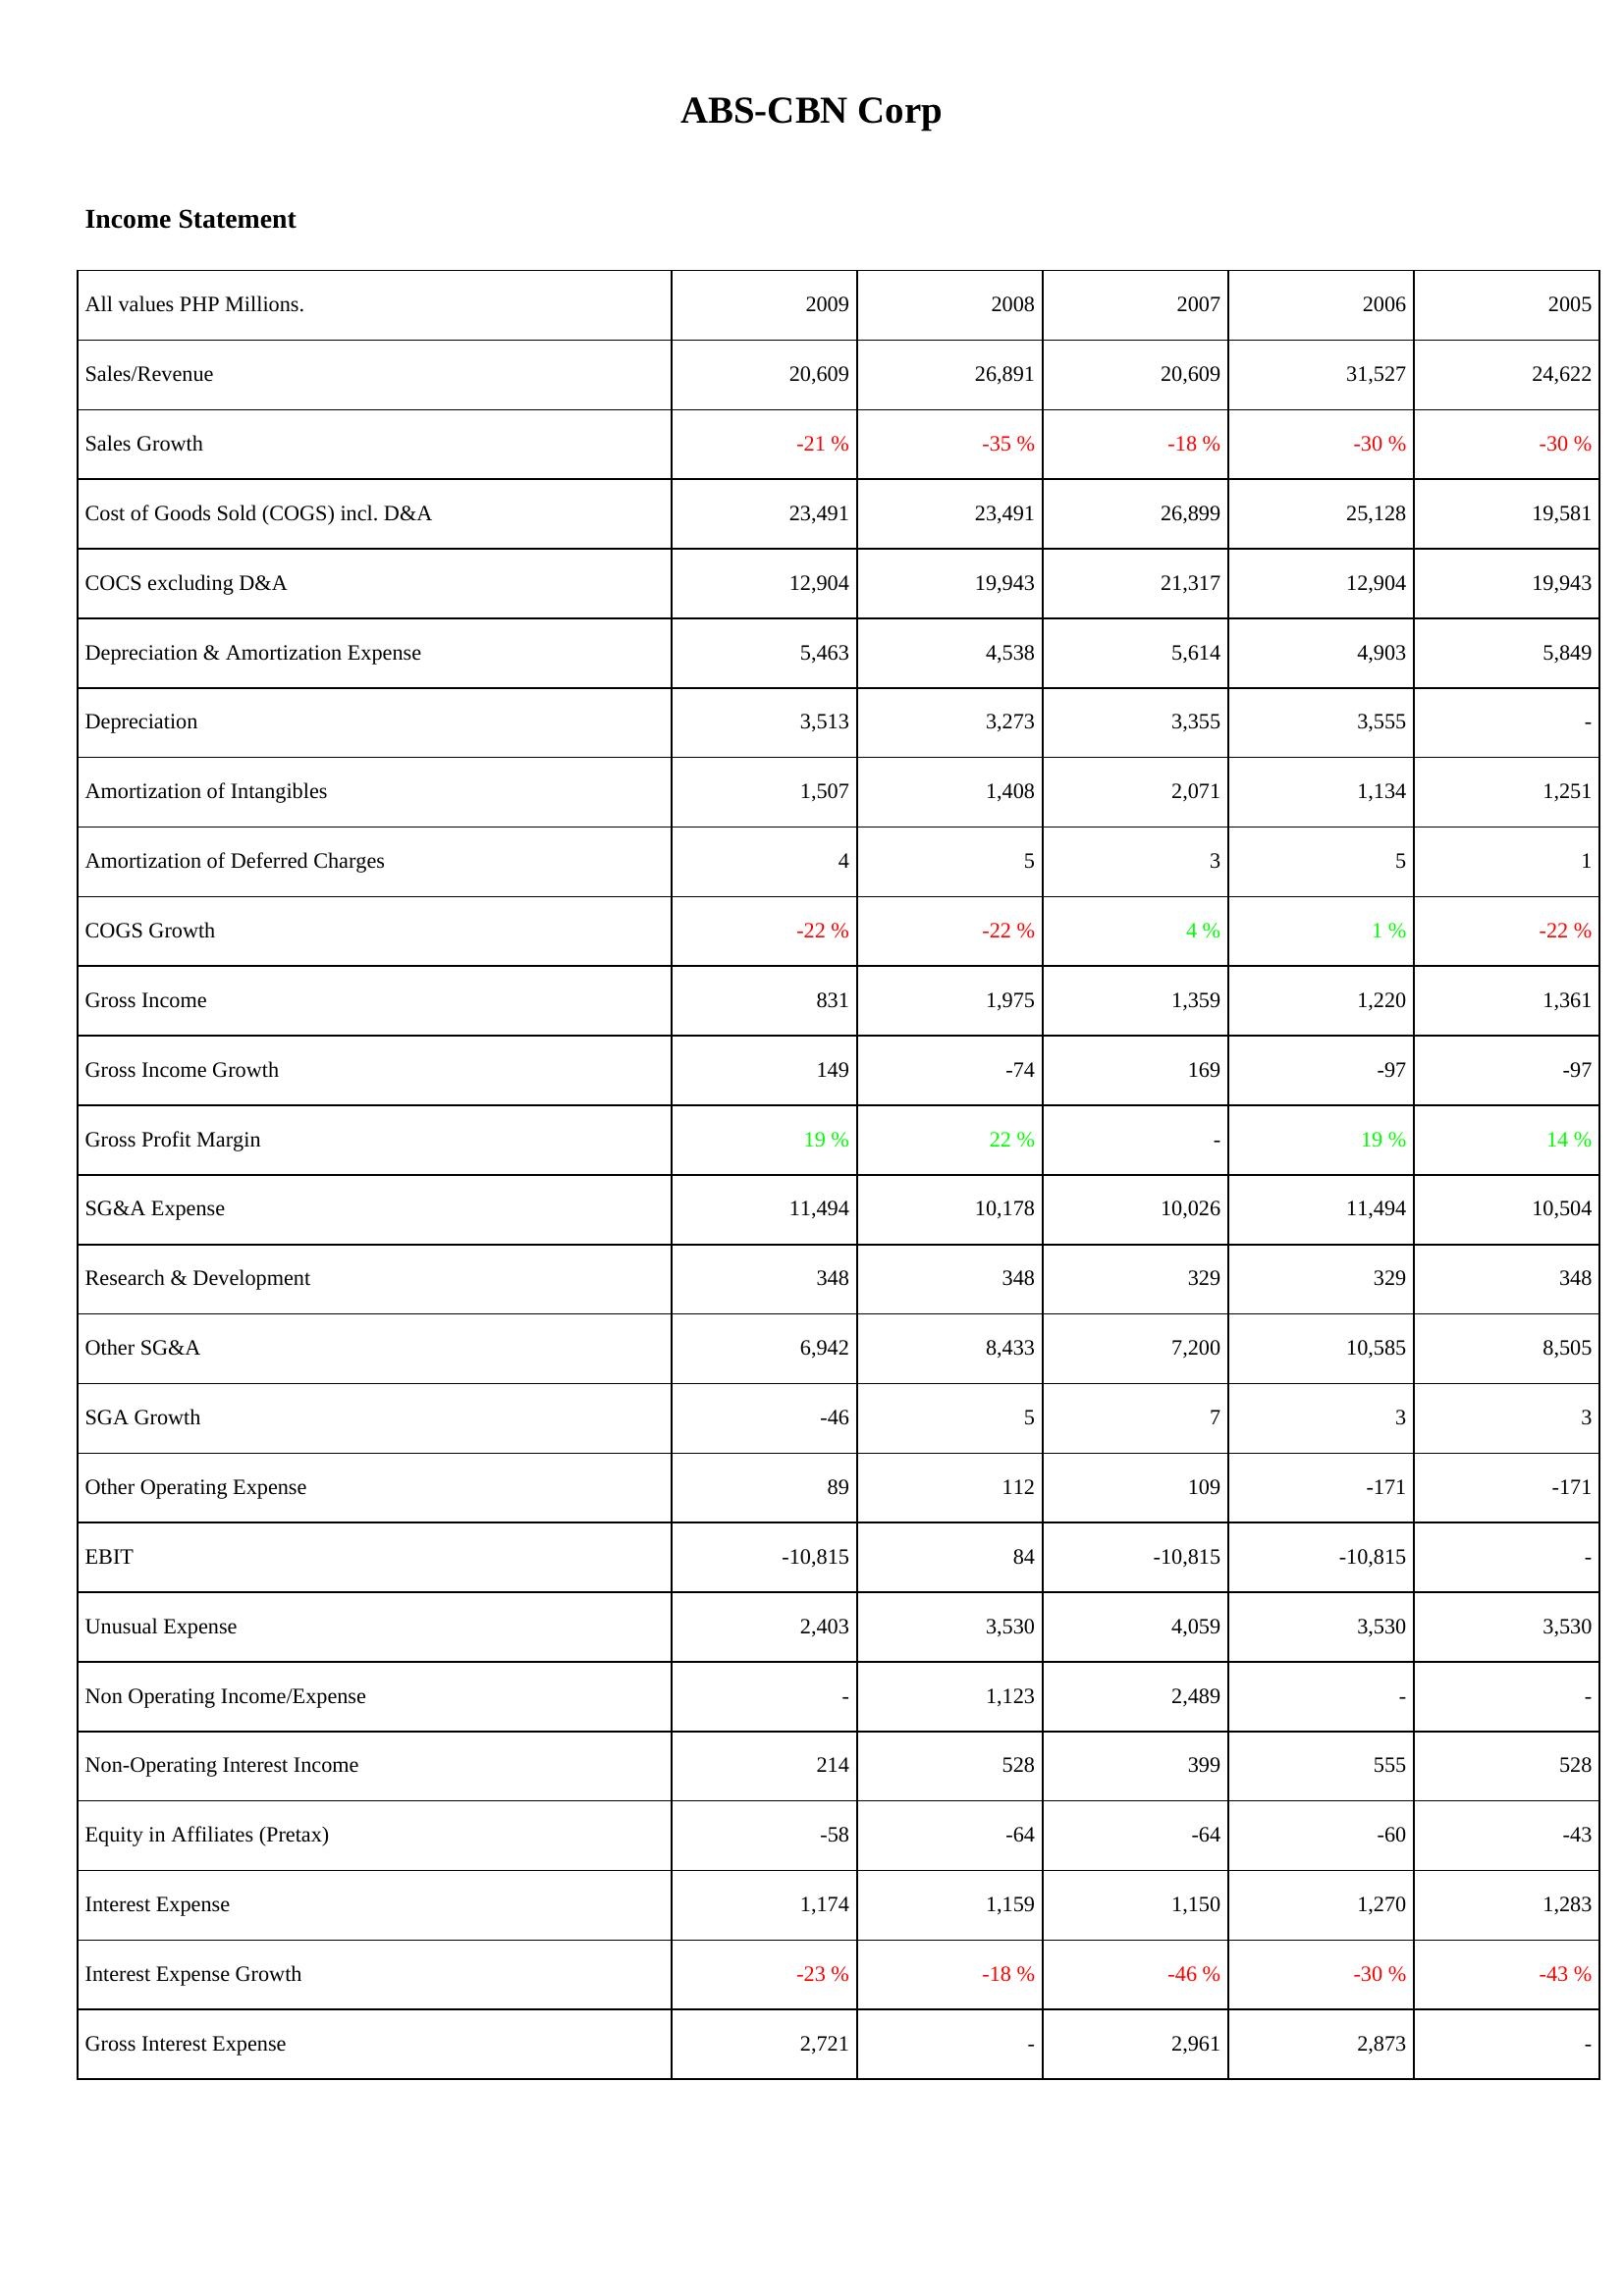
2009: Income Statement: Sales/Revenue: 20,609
Sales Growth: -21 %
Cost of Goods Sold (COGS) incl. D&A: 23,491
COCS excluding D&A: 12,904
Depreciation & Amortization Expense: 5,463
Depreciation: 3,513
Amortization of Intangibles: 1,507
Amortization of Deferred Charges: 4
COGS Growth: -22 %
Gross Income: 831
Gross Income Growth: 149
Gross Profit Margin: 19 %
SG&A Expense: 11,494
Research & Development: 348
Other SG&A: 6,942
SGA Growth: -46
Other Operating Expense: 89
EBIT: -10,815
Unusual Expense: 2,403
Non Operating Income/Expense: -
Non-Operating Interest Income: 214
Equity in Affiliates (Pretax): -58
Interest Expense: 1,174
Interest Expense Growth: -23 %
Gross Interest Expense: 2,721
2008: Income Statement: Sales/Revenue: 26,891
Sales Growth: -35 %
Cost of Goods Sold (COGS) incl. D&A: 23,491
COCS excluding D&A: 19,943
Depreciation & Amortization Expense: 4,538
Depreciation: 3,273
Amortization of Intangibles: 1,408
Amortization of Deferred Charges: 5
COGS Growth: -22 %
Gross Income: 1,975
Gross Income Growth: -74
Gross Profit Margin: 22 %
SG&A Expense: 10,178
Research & Development: 348
Other SG&A: 8,433
SGA Growth: 5
Other Operating Expense: 112
EBIT: 84
Unusual Expense: 3,530
Non Operating Income/Expense: 1,123
Non-Operating Interest Income: 528
Equity in Affiliates (Pretax): -64
Interest Expense: 1,159
Interest Expense Growth: -18 %
Gross Interest Expense: -
2007: Income Statement: Sales/Revenue: 20,609
Sales Growth: -18 %
Cost of Goods Sold (COGS) incl. D&A: 26,899
COCS excluding D&A: 21,317
Depreciation & Amortization Expense: 5,614
Depreciation: 3,355
Amortization of Intangibles: 2,071
Amortization of Deferred Charges: 3
COGS Growth: 4 %
Gross Income: 1,359
Gross Income Growth: 169
Gross Profit Margin: -
SG&A Expense: 10,026
Research & Development: 329
Other SG&A: 7,200
SGA Growth: 7
Other Operating Expense: 109
EBIT: -10,815
Unusual Expense: 4,059
Non Operating Income/Expense: 2,489
Non-Operating Interest Income: 399
Equity in Affiliates (Pretax): -64
Interest Expense: 1,150
Interest Expense Growth: -46 %
Gross Interest Expense: 2,961
2006: Income Statement: Sales/Revenue: 31,527
Sales Growth: -30 %
Cost of Goods Sold (COGS) incl. D&A: 25,128
COCS excluding D&A: 12,904
Depreciation & Amortization Expense: 4,903
Depreciation: 3,555
Amortization of Intangibles: 1,134
Amortization of Deferred Charges: 5
COGS Growth: 1 %
Gross Income: 1,220
Gross Income Growth: -97
Gross Profit Margin: 19 %
SG&A Expense: 11,494
Research & Development: 329
Other SG&A: 10,585
SGA Growth: 3
Other Operating Expense: -171
EBIT: -10,815
Unusual Expense: 3,530
Non Operating Income/Expense: -
Non-Operating Interest Income: 555
Equity in Affiliates (Pretax): -60
Interest Expense: 1,270
Interest Expense Growth: -30 %
Gross Interest Expense: 2,873
2005: Income Statement: Sales/Revenue: 24,622
Sales Growth: -30 %
Cost of Goods Sold (COGS) incl. D&A: 19,581
COCS excluding D&A: 19,943
Depreciation & Amortization Expense: 5,849
Depreciation: -
Amortization of Intangibles: 1,251
Amortization of Deferred Charges: 1
COGS Growth: -22 %
Gross Income: 1,361
Gross Income Growth: -97
Gross Profit Margin: 14 %
SG&A Expense: 10,504
Research & Development: 348
Other SG&A: 8,505
SGA Growth: 3
Other Operating Expense: -171
EBIT: -
Unusual Expense: 3,530
Non Operating Income/Expense: -
Non-Operating Interest Income: 528
Equity in Affiliates (Pretax): -43
Interest Expense: 1,283
Interest Expense Growth: -43 %
Gross Interest Expense: -